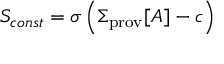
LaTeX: S _ { c o n s t } = \sigma \left( \Sigma _ { \mathrm { p r o v } } [ A ] - c \right)